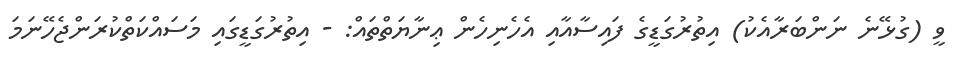
ވީ (ގުޅޭނެ ނަންބަރާއެކު) އިތުރުގަޑީގެ ފައިސާއާއި އެހެނިހެން ޢިނާޔަތްތައް: - އިތުރުގަޑީގައި މަސައްކަތްކުރަންޖެހޭނަމަ